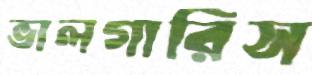
ভালগারিস